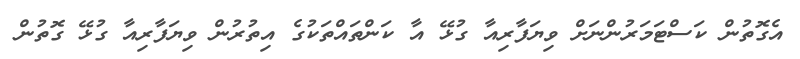
އެގޮތުން ކަސްޓަމަރުންނަށް ވިޔަފާރިއާ ގުޅޭ އާ ކަންތައްތަކުގެ އިތުރުން ވިޔަފާރިއާ ގުޅޭ ގޮތުން